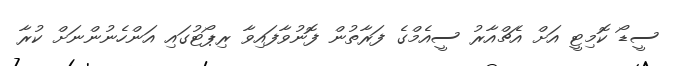
ސީޑޯ ކޮމިޓީ އަށް އެޗްއާރު ސީއެމްގެ ފަރާތުން ފޮނުވާފައިވާ ރިޕޯޓުގައި އަންހެނުންނަށް ކުރާ